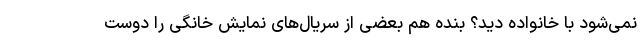
نمی‌شود با خانواده دید؟ بنده هم بعضی از سریال‌های نمایش خانگی را دوست